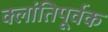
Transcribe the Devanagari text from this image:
क्लांतिपूर्वक